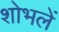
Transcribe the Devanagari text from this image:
शोभलें